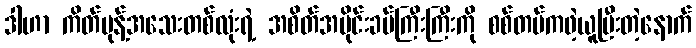
ဒါဟာ ကိတ်မုန့်အသေးတစ်လုံးရဲ့ အစိတ်အပိုင်းခပ်ကြီးကြီးကို စစ်တပ်ကဖဲ့ယူပြီးတဲ့နောက်